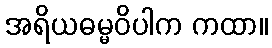
အရိယဓမ္မဝိပါက ကထာ။